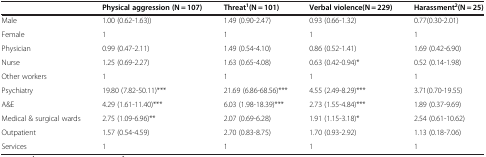
|  | Physical aggression (N = 107) | Threat1(N = 101) | Verbal violence(N = 229) | Harassment2(N = 25) |
 | --- | --- | --- | --- | --- |
 | Male | 1.00 (0.62-1.63)) | 1.49 (0.90-2.47) | 0.93 (0.66-1.32) | 0.77(0.30-2.01) |
 | Female | 1 | 1 | 1 | 1 |
 | Physician | 0.99 (0.47-2.11) | 1.49 (0.54-4.10) | 0.86 (0.52-1.41) | 1.69 (0.42-6.90) |
 | Nurse | 1.25 (0.69-2.27) | 1.63 (0.65-4.08) | 0.63 (0.42-0.94)* | 0.52 (0.14-1.98) |
 | Other workers | 1 | 1 | 1 | 1 |
 | Psychiatry | 19.80 (7.82-50.11)*** | 21.69 (6.86-68.56)*** | 4.55 (2.49-8.29)*** | 3.71(0.70-19.55) |
 | A&E | 4.29 (1.61-11.40)*** | 6.03 (1.98-18.39)*** | 2.73 (1.55-4.84)*** | 1.89 (0.37-9.69) |
 | Medical & surgical wards | 2.75 (1.09-6.96)** | 2.07 (0.69-6.28) | 1.91 (1.15-3.18)* | 2.54 (0.61-10.62) |
 | Outpatient | 1.57 (0.54-4.59) | 2.70 (0.83-8.75) | 1.70 (0.93-2.92) | 1.13 (0.18-7.06) |
 | Services | 1 | 1 | 1 | 1 |